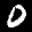
Label: 0